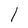
Character: l